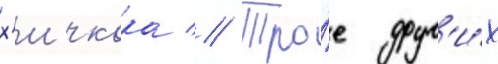
х'ичкока // Тро́е друг'и́х